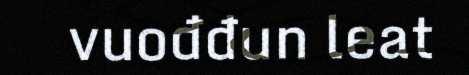
vuođđun leat